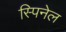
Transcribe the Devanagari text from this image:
स्पिनेल